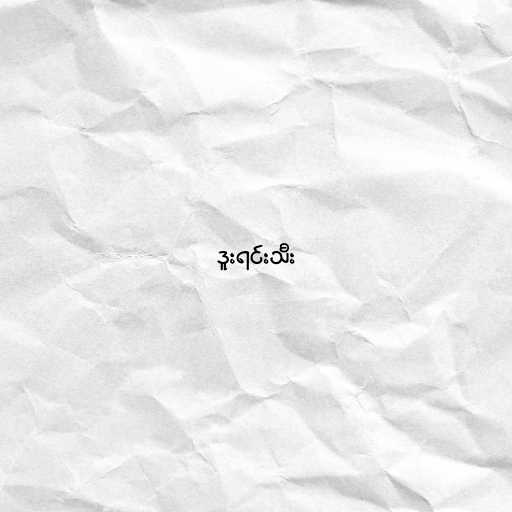
ဒူးရင်းသီး